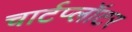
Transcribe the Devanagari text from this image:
चार्टप्लॉटर